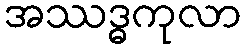
အဿဒ္ဓကုလာ